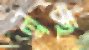
লুচ্ছ